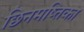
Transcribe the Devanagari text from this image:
छिनमष्तिका